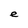
Character: e